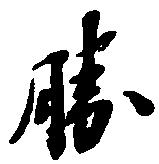
勝